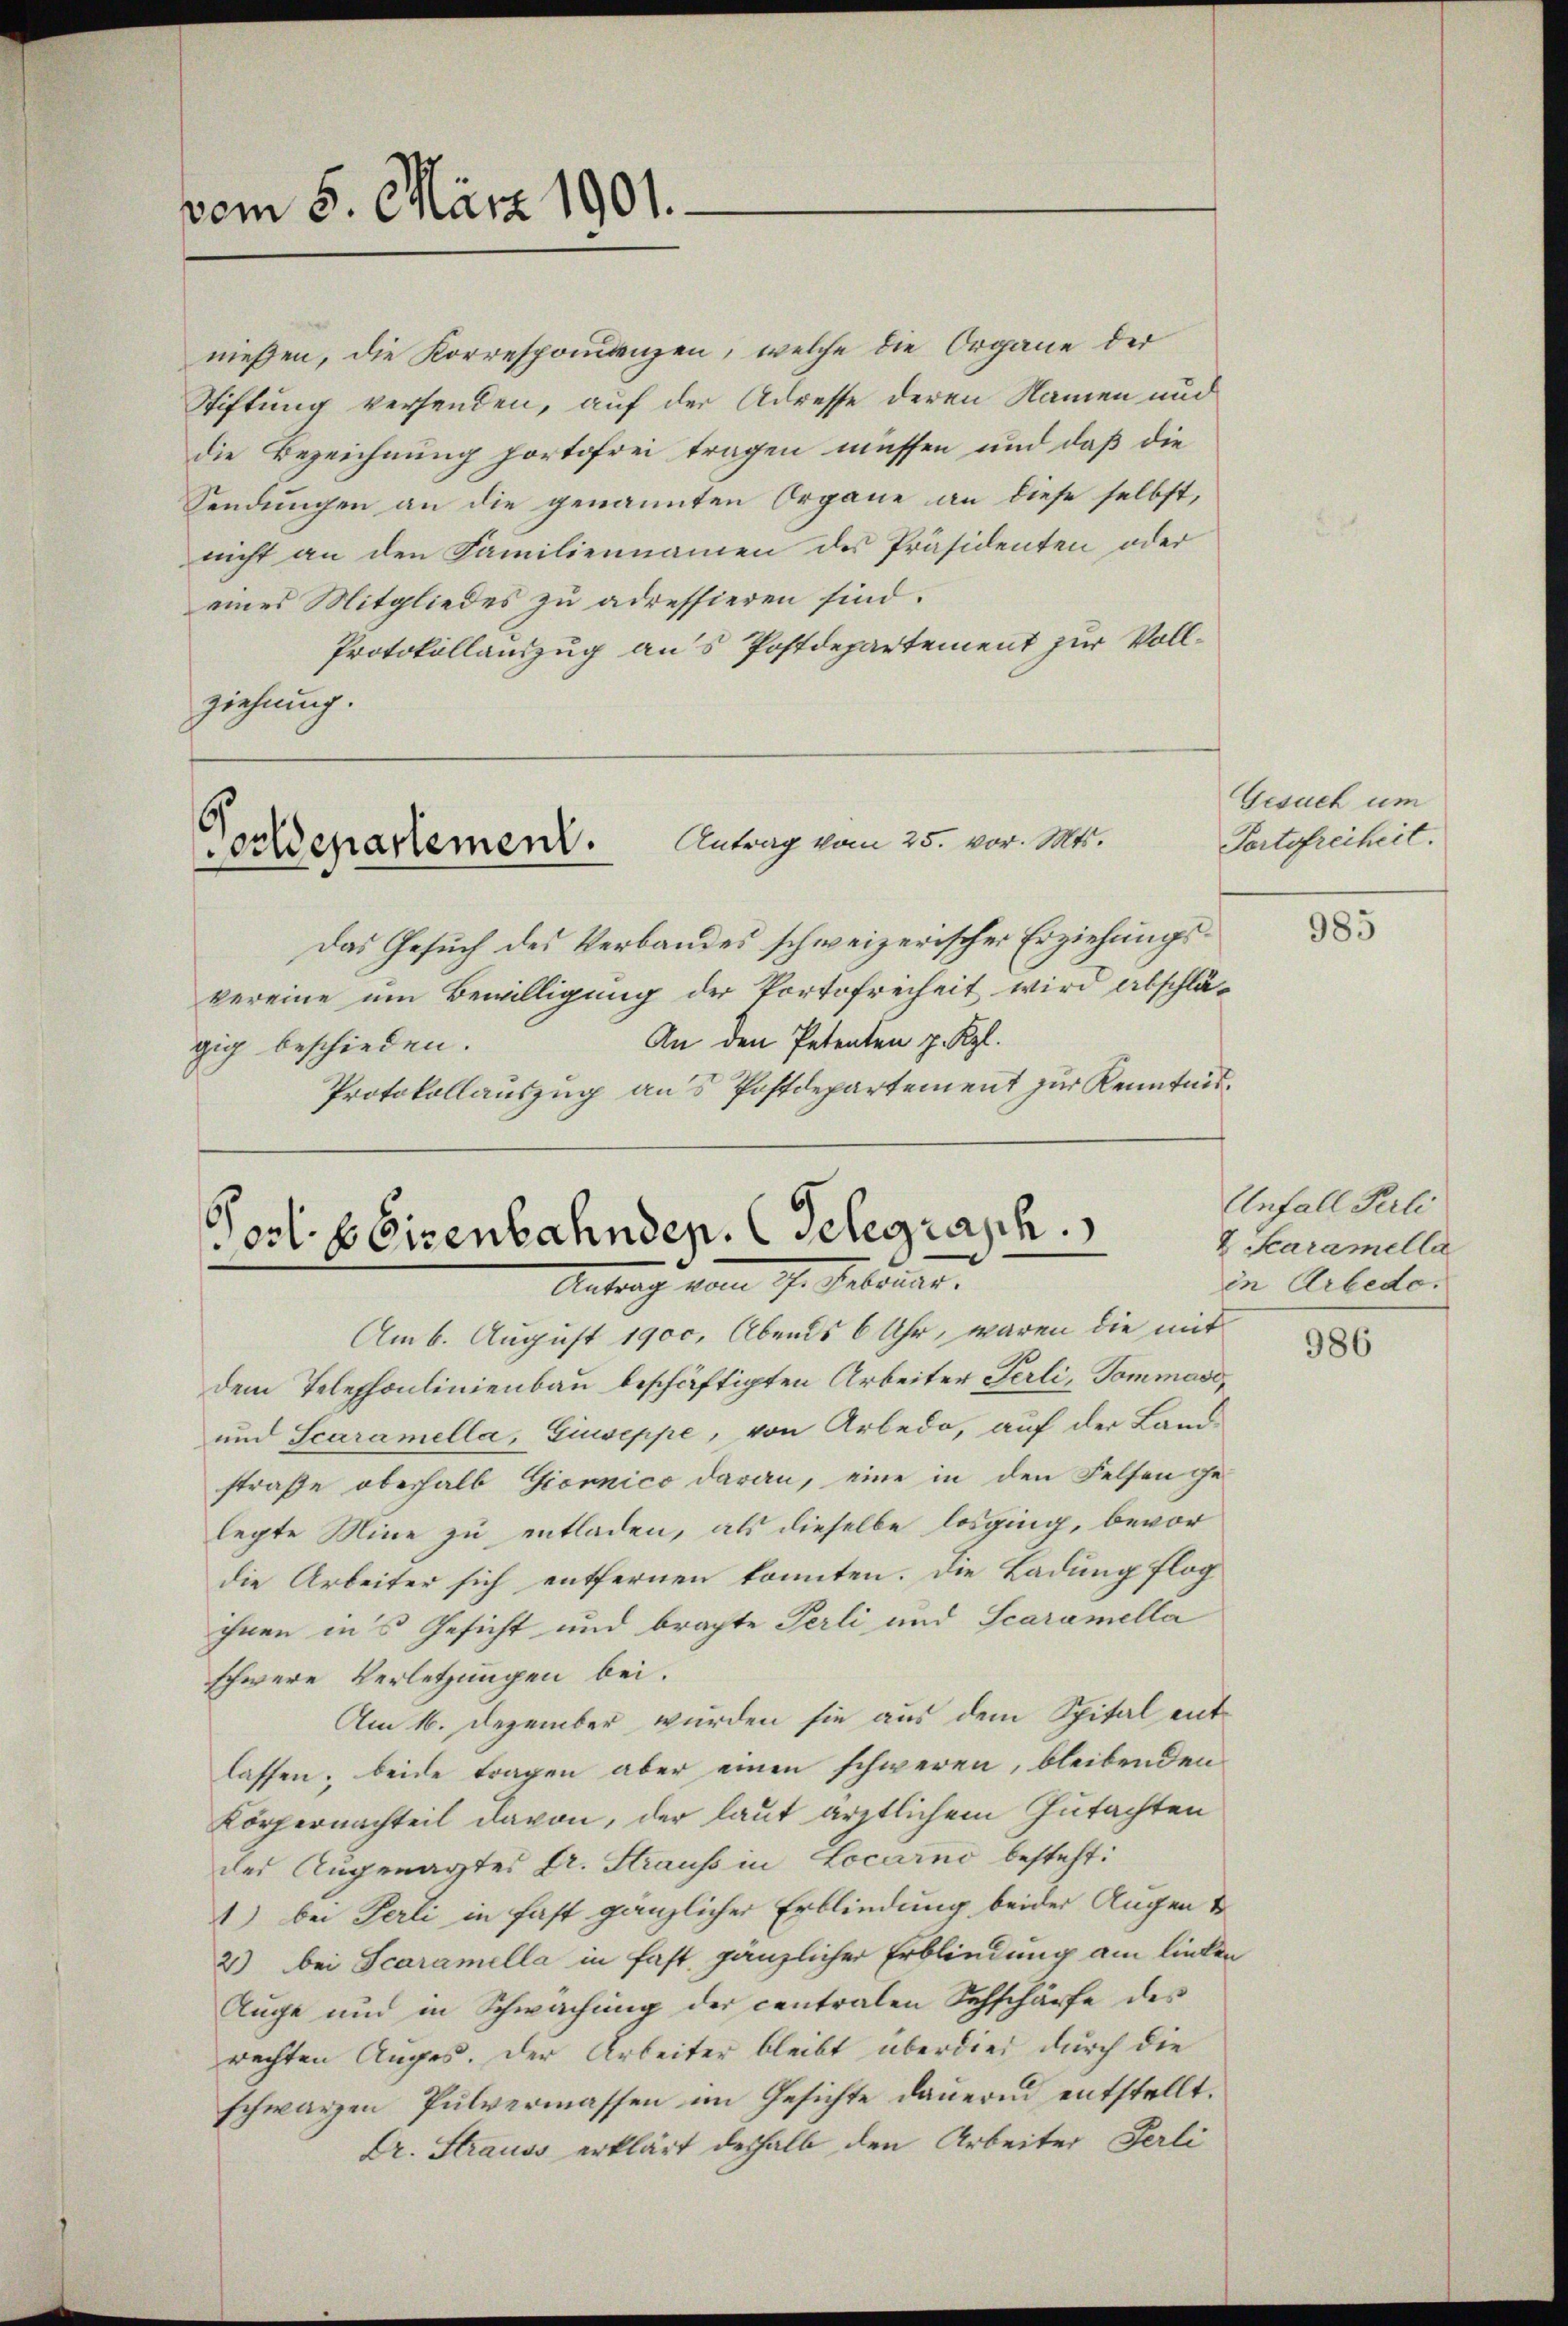
vom 8. März 1901.

nießen, die Korresponienzen, welche die Organe der
Stiftung versenden, auf der Adresse deren Namen und
die Bezeichnung fortofrei tragen müssen und daß die
Sendungen an die genannten Organe an diese selbst,
nicht an den Familiennamen des Präsidenten oder
eines Mitgliedes zu adressieren sind.
Protokollauszug aus Postdepartement zur Vollziehung.

6
Antrag vom 25. vor. Mts.
orldepartement.

Port. 8 Eisenbahndep. Gelegrasch.
Antrag vom 17. Februar.

Das Gesuch des Verbandes schweizerischer Erziehungsvereine um Bewilligung der Portofreiheit wird abschlä¬
An den Petenten z. Kgl.
gig beschieden.
Protokollauszug aus Postdepartement zur Kenntnis¬

Am 6. August 1900. Abends 6 Uhr, waren die mit
dem Telephonlinienbau beschäftigten Arbeiter Perli, Tommoso¬
und Scaramella, Giuseppe, von Arbedo, auf der Land-
strafe oberhalb Giornico daran, eine in den Felsen gelegte Mine zu entladen, als dieselbe losging, bevor
die Arbeiter sich entfernen konnten. Die Ladung flog
ihnen in’s Gesicht und brachte Perli und Scaramella
schwere Verletzungen bei.
Am 16. Dezember wurden sie aus dem Spital entlassen; beide tragen aber einen schweren, bleibenden
Körpernachteil davon, der laut ärztlichem Gutachten
des Augenarztes Fr. Strauss in Locarno besteht:
1) bei Perli in fast gänzlicher Erblindung beider Augen &
2) bei Scaramella in fast gänzlicher Erblindung am linken
Auge und in Schwachung der centralen Sehschärfe des
rechten Auges. Der Arbeiter bleibt überdies durch die
schwarzen Pulvermassen im Gesichte dauernd entstellt.
Dr. Strauss erklärt deshalb den Arbeiter Perli

Gesuch um
Portofreiheit.
985

Anfall Peli
2 Karamelle
in Arbedo.

986